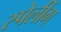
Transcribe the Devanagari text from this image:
स्पेलींग